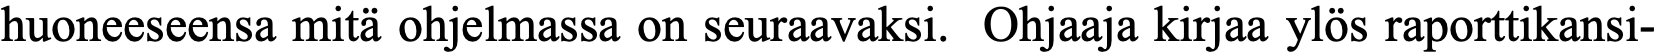
huoneeseensa mitä ohjelmassa on seuraavaksi. Ohjaaja kirjaa ylös raporttikansi-